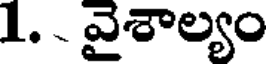
1. వైశాల్యం